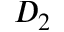
D _ { 2 }